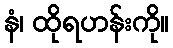
နံ၊ ထိုရဟန်းကို။